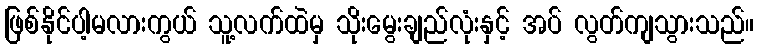
ဖြစ်နိုင်ပါ့မလားကွယ် သူ့လက်ထဲမှ သိုးမွေးချည်လုံးနှင့် အပ် လွတ်ကျသွားသည်။